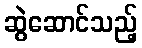
ဆွဲဆောင်သည့်